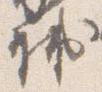
輔